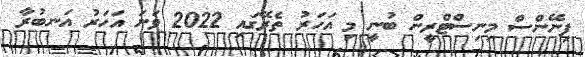
ފިނޭންސް މިނިސްޓްރީން ބުނީ މި އަހަރު ތެރޭގައި 2022 ވަނަ އަހަރު އަނބުރާ